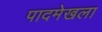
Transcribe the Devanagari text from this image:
पादमेखला